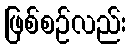
ဖြစ်စဉ်လည်း